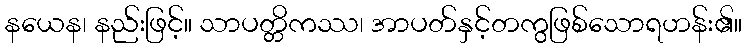
နယေန၊ နည်းဖြင့်။ သာပတ္တိကဿ၊ အာပတ်နှင့်တကွဖြစ်သောရဟန်း၏။